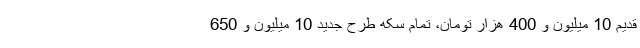
قدیم 10 میلیون و 400 هزار تومان، تمام سکه طرح جدید 10 میلیون و 650